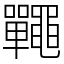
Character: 𪓽